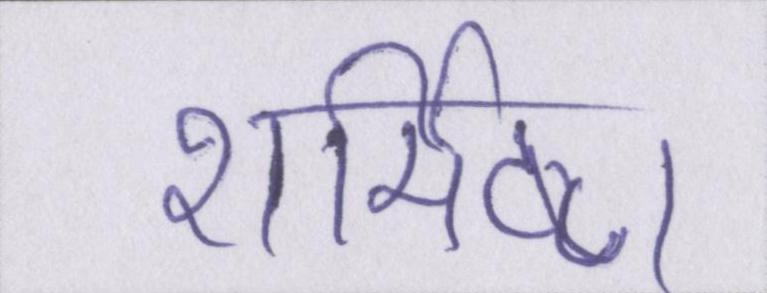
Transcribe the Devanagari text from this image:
शर्मिष्ठा